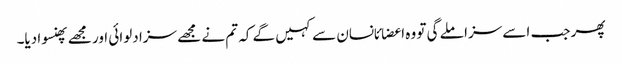
پھر جب اسے سزا ملے گی تو وہ اعضائانسان سے کہیں گے کہ تم نے مجھے سزا دلوائی اور مجھے پھنسوا دیا۔